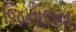
જિનાલય